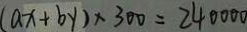
( a x + b y ) \times 3 0 0 = 2 4 0 0 0 0